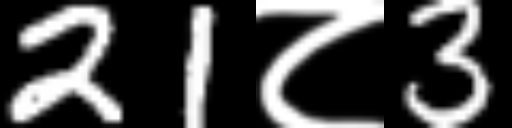
Text: 21८3